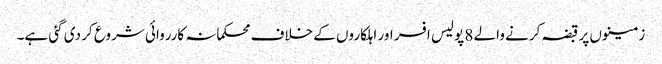
زمینوں پر قبضہ کرنے والے 8 پولیس افسر اور اہلکاروں کے خلاف محکمانہ کارروائی شروع کر دی گئی ہے۔